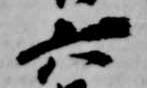
六